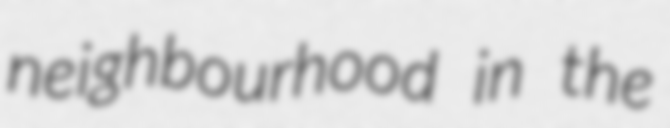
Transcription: neighbourhood in the